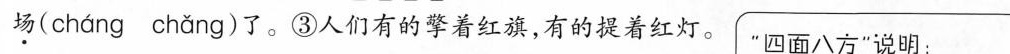
场( chang chang )了。③人们有的擎着红旗，有的提着红灯。”四面八方”说明：___